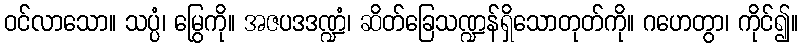
ဝင်လာသော။ သပ္ပံ၊ မြွေကို။ အဇပဒဒဏ္ဍံ၊ ဆိတ်ခြေသဏ္ဍန်ရှိသောတုတ်ကို။ ဂဟေတွာ၊ ကိုင်၍။